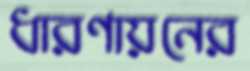
ধারণায়নের